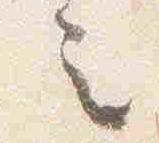
之